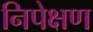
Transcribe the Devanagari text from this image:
निपेक्षण